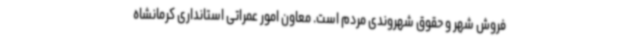
فروش شهر و حقوق شهروندی مردم است. معاون امور عمراتی استانداری کرمانشاه